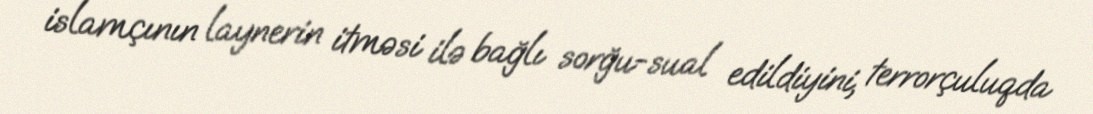
islamçının laynerin itməsi ilə bağlı sorğu-sual edildiyini, terrorçuluqda